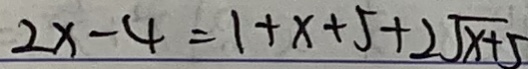
2 x - 4 = 1 + x + 5 + 2 \sqrt { x + 5 }